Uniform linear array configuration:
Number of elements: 24
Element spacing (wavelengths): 0.5
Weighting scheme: hamming
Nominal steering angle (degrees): -45
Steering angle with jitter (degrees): -43.75
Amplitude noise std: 0.05
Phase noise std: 0.05

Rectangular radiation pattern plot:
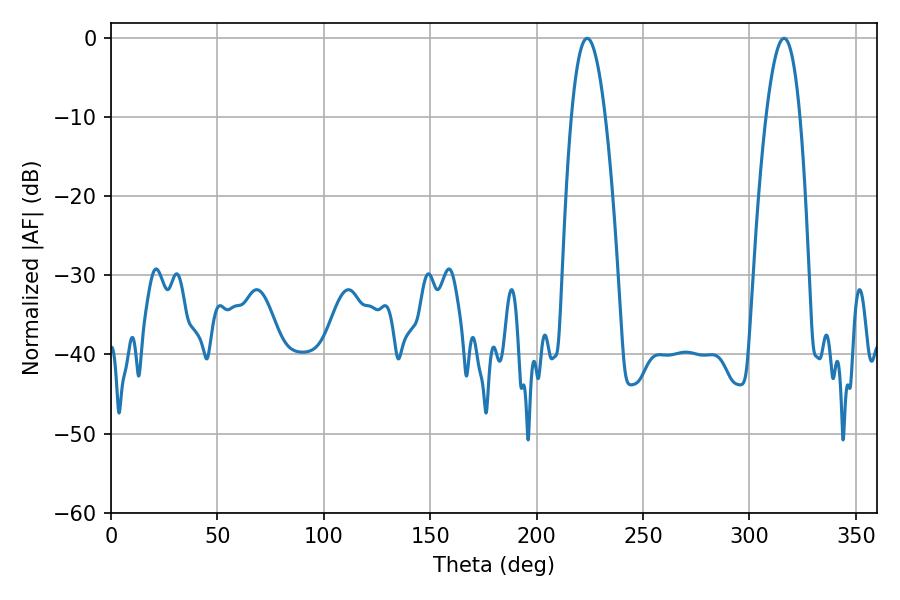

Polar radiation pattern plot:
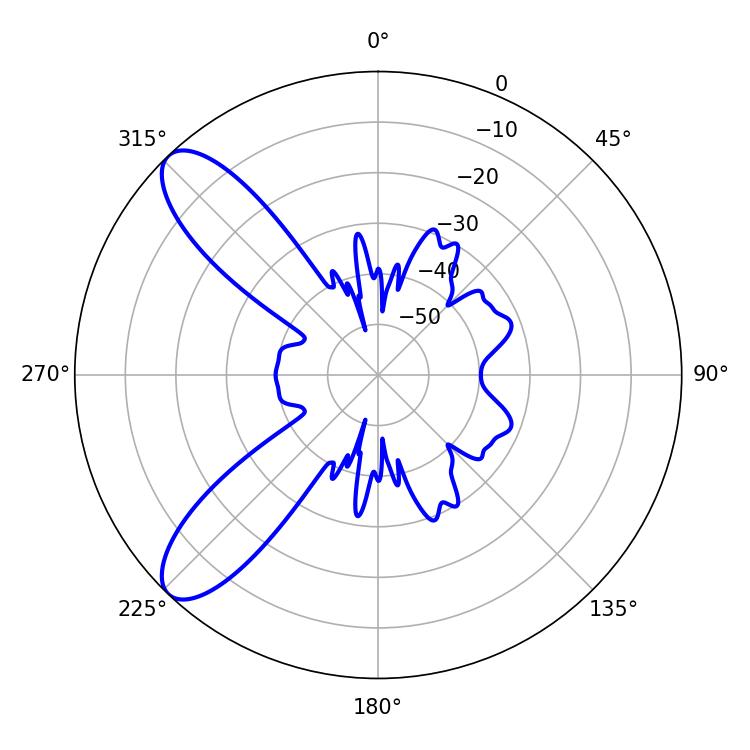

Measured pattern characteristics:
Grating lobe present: FALSE
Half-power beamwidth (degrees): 8.64
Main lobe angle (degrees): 316.26